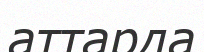
аттарда